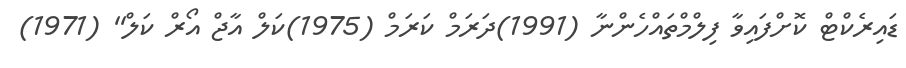
ޑައިރެކްޓް ކޮށްފައިވާ ފިލްމްތައްހެންނާ (1991)ދަރަމް ކަރަމް (1975)ކަލް އާޖް އޯރް ކަލް'' (1971)